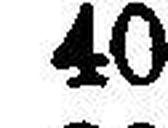
40